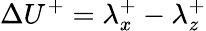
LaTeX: \Delta U^{+}=\lambda_{x}^{+}-\lambda_{z}^{+}